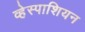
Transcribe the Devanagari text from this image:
व्हेस्पाशियन